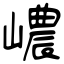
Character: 嶩